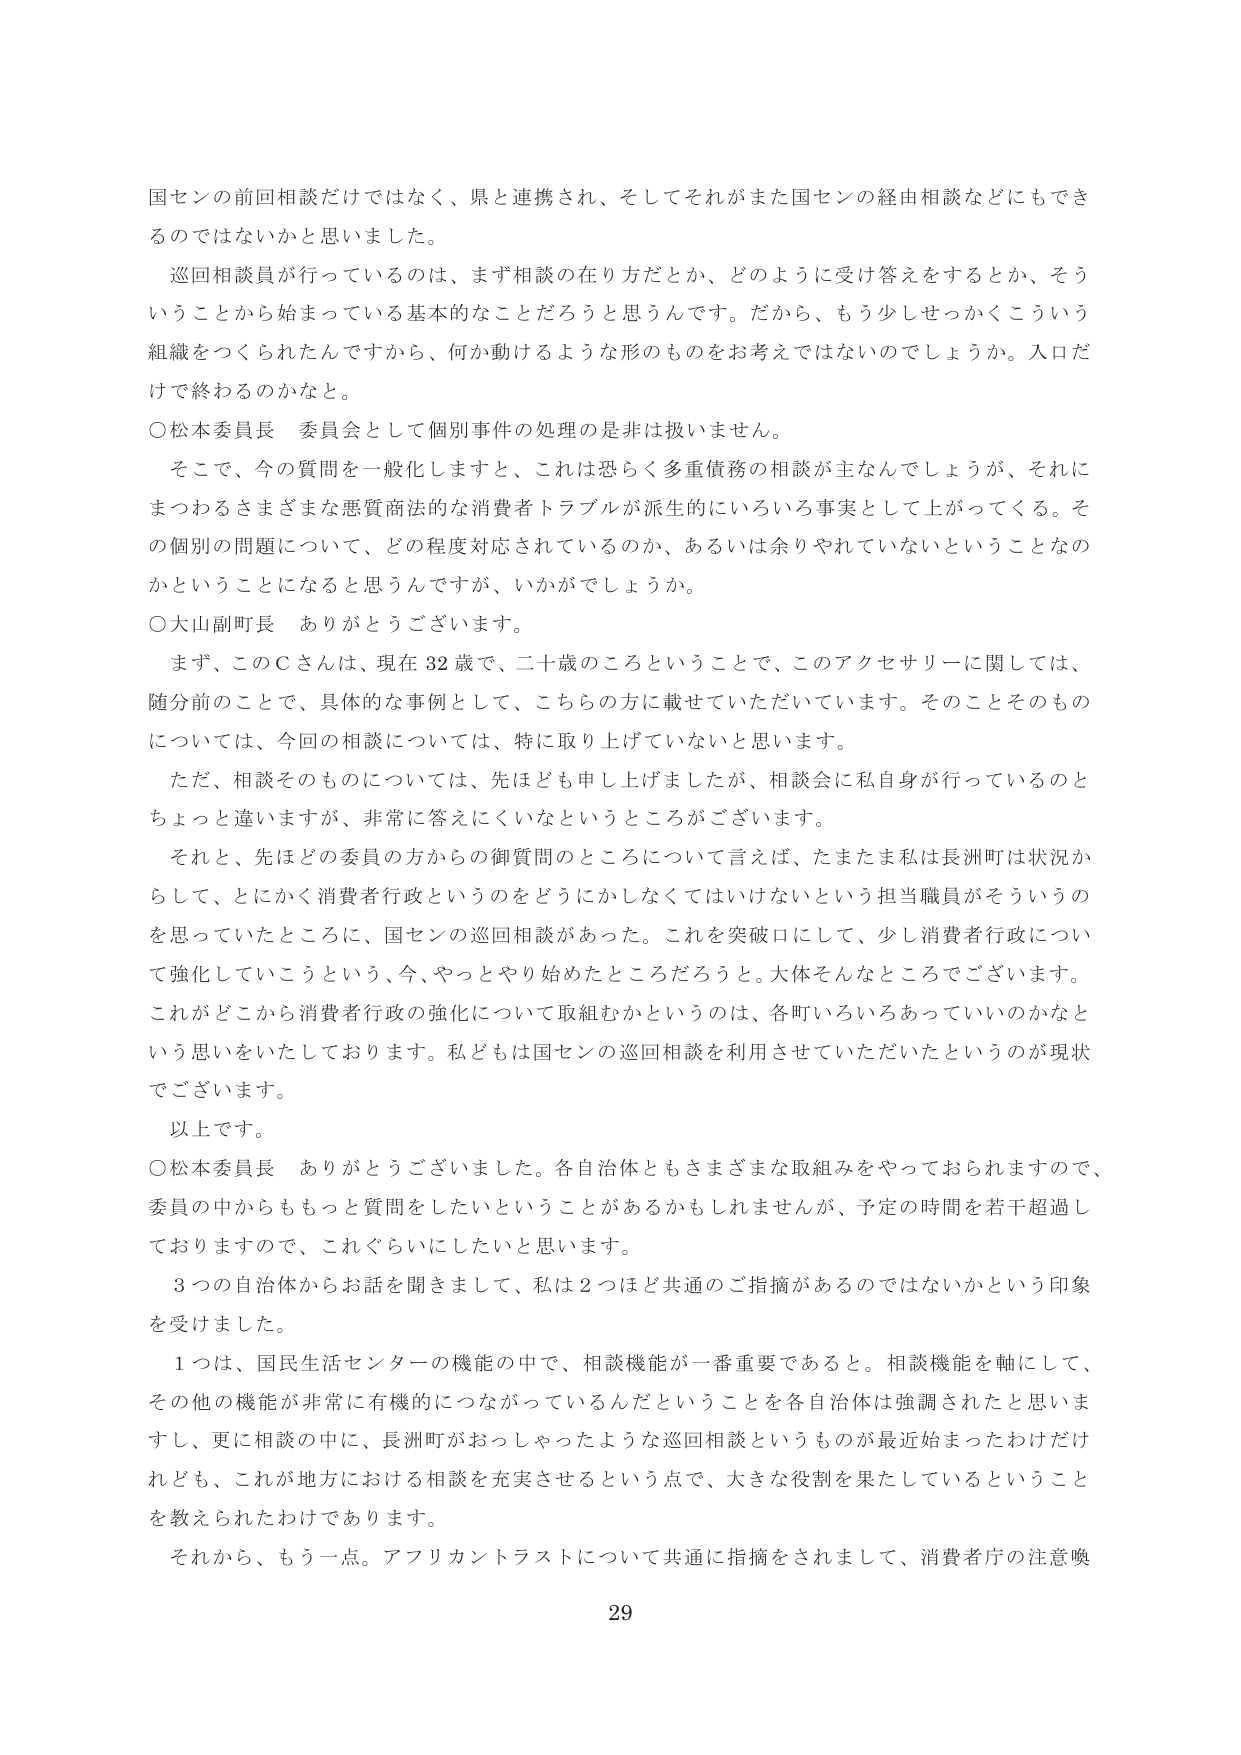
国センの前回相談だけではなく、県と連携され、そしてそれがまた国センの経由相談などにもできるのではないかと思いました。

巡回相談員が行っているのは、まず相談の在り方だとか、どのように受け答えをするとか、そういうことから始まっている基本的なことだろうと思うんです。だから、もう少しせっかくこういう組織をつくられたんですから、何か動けるような形のものをお考えではないのでしょうか。入口だけで終わるのかなと。

○松本委員長　委員会として個別事件の処理の是非は扱いません。

　そこで、今の質問を一般化しますと、これは恐らく多重債務の相談が主なんでしょうが、それにまつわるさまざまな悪質商法的な消費者トラブルが派生的にいろいろ事実として上がってくる。その個別の問題について、どの程度対応されているのか、あるいは余りやれていないということなのかということになると思うんですが、いかがでしょうか。

○大山副町長　ありがとうございます。

　まず、このＣさんは、現在82歳で、二十歳のころということで、このアクセサリーに関しては、随分前のことです。具体的な事例として、こちらの方に載せていただいています。そのことそのものについては、今回の相談については、特に取り上げていないと思います。

　ただ、相談そのものについては、先ほども申し上げましたが、相談会に私自身が行っているのとちょっと違いますか、非常に答えにくいなというところがございます。

　それと、先ほどどの委員の方からの御質問のところについて言えば、たまたま私は長洲町は状況からして、とにかく消費者行政というのをどうにかしなくてはいけないという担当職員がそういうのを思っていたところに、国センの巡回相談があった。これを突破口にして、少し消費者行政について強化していこうという、今、やっとやり始めたところだろうと。大体そんなところでございます。

　これがどこから消費者行政の強化について取組むかというのは、各町いろいろあっていいのかなという思いをいたしております。私どもは国センの巡回相談を利用させていただいたというのが現状でございます。

　以上です。

○松本委員長　ありがとうございました。各自治体ともさまざまな取組みをやっておられますので、委員の中からももっと質問をしたいということがあるかもしれませんが、予定の時間を若干超過しておりますので、これぐらいにしたいと思います。

　3つの自治体からお話を聞きまして、私は2つほど共通のご指摘があるのではないかという印象を受けました。

　1つは、国民生活センターの機能の中で、相談機能が一番重要であると。相談機能を軸にして、その他の機能が非常に有機的につながっているんだということを各自治体は強調されたと思いますし、更に相談の中に、長洲町がおっしゃったような巡回相談というものが最近始まったわけだけれども、これが地方における相談を充実させるという点で、大きな役割を果たしているということを教えられたわけであります。

　それから、もう一点。アフリカントラストについて共通に指摘をされまして、消費者庁の注意喚

29